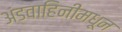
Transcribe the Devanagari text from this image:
अंडवाहिनीमधून